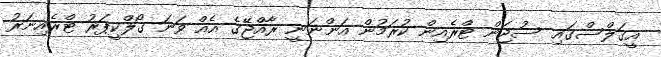
އީގަލްސްގައި ސުޖަން ޓްރެއިން ކުރަމުން އަންނަނީ ރާއްޖޭގެ އެއް ވަނަ ގޯލްކީޕަރު ޓްރެއިނަރު